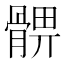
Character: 𩩚